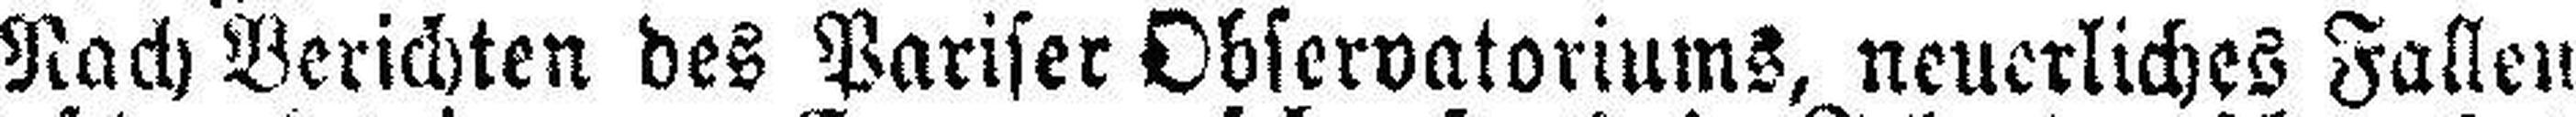
Nach Berichten des Pariser Observatoriums, neuerliches Fallen